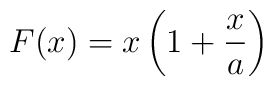
F(x)=x\left(1+\frac{x}{a}\right)